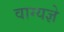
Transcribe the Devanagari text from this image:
वाग्यज्ञे